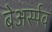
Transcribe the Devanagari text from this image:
बेअर्स्पव